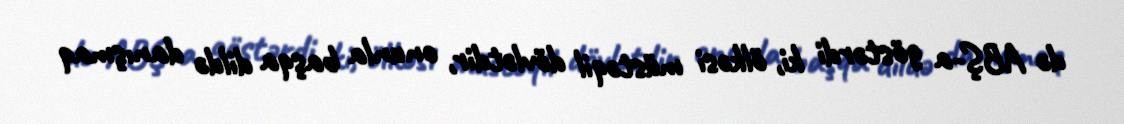
də ABŞ-a göstərdi ki, ölkəsi müstəqil dövlətdir, onunla başqa dildə danışmaq